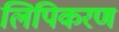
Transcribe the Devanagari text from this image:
लिपिकरण